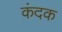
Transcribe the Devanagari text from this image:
कंदक